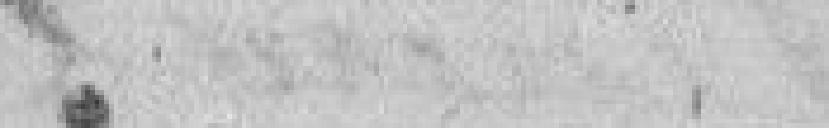
.